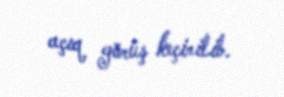
açıq görüş keçirilib.